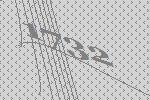
1732